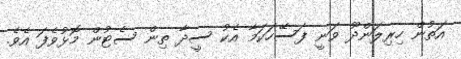
އަތުން ހިރިލަންދޫ ވަނީ ފަސޭހަކަމާ އެކު ސީދާ ތިން ސެޓުން މޮޅުވެފަ އެވެ.